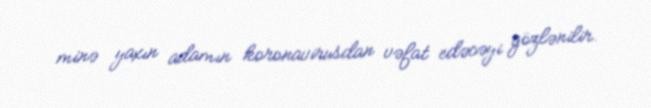
minə yaxın adamın koronavirusdan vəfat edəcəyi gözlənilir.